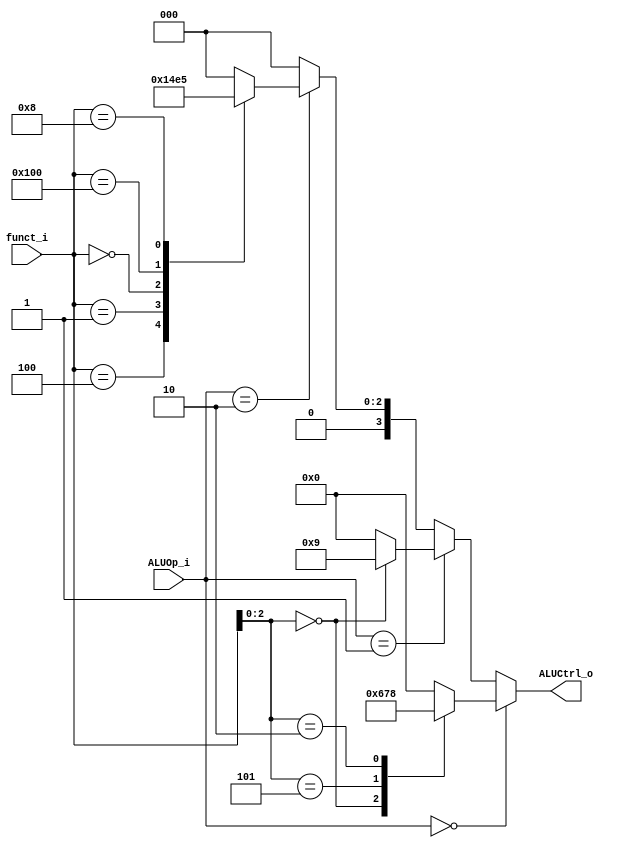
module ALU_Control(
    funct_i,
    ALUOp_i,
    ALUCtrl_o
);

input   [9:0]   funct_i;
input   [1:0]   ALUOp_i;

output  [3:0]   ALUCtrl_o;

reg [3:0]   tmp = 0;

always @ (funct_i or ALUOp_i) begin
    if (ALUOp_i == 2'b00) begin // ld sd I
        case (funct_i[2:0])
            3'b000: tmp <= 6; // addi
            3'b101: tmp <= 7; // srai
            3'b010: tmp <= 8; // lw sw
            default: tmp <= 0; 
        endcase
    end 
    else if (ALUOp_i == 2'b01) begin // beq
        case (funct_i[2:0])
            3'b000: tmp <= 9; // lw sw
            default: tmp <= 0;
        endcase
    end
    else if (ALUOp_i == 2'b10) begin // R
        case (funct_i)
            10'b0000000111: tmp <= 0; // and
            10'b0000000100: tmp <= 1; // xor
            10'b0000000001: tmp <= 2; // sll
            10'b0000000000: tmp <= 3; // add
            10'b0100000000: tmp <= 4; // sub 
            10'b0000001000: tmp <= 5; // mul   
            default: tmp <= 0;
        endcase
    end
    else begin
        tmp <= 0;
    end
end

assign ALUCtrl_o = tmp;

endmodule